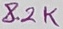
Text: 8.2K